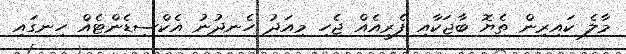
މާލެ ކައިރިން ތެޔޮ ބާޖަކާއި ފެރީއެއް ޖެހި މިއަދު ހެނދުނު އެކްސިޑެންޓެއް ހިނގައި